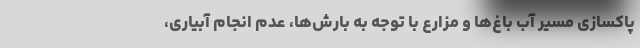
پاکسازی مسیر آب باغ‌ها و مزارع با توجه به بارش‌ها، عدم انجام آبیاری،